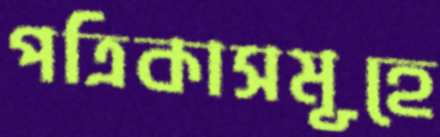
পত্রিকাসমূহে